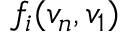
f _ { i } ( v _ { n } , v _ { 1 } )